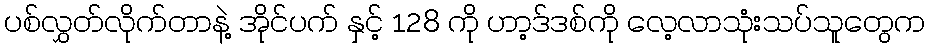
ပစ်လွှတ်လိုက်တာနဲ့ အိုင်ပက် နှင့် 128 ကို ဟာ့ဒ်ဒစ်ကို လေ့လာသုံးသပ်သူတွေက